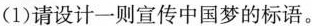
(1)请设计一则宣传中国梦的标语。